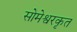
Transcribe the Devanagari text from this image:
सोमेश्वरकृत